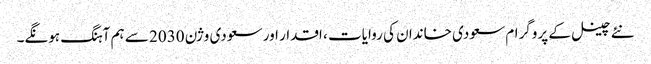
نئے چینل کے پروگرام سعودی خاندان کی روایات ، اقدار اور سعودی وژن 2030 سے ہم آہنگ ہونگے۔